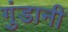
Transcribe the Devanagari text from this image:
गुंडानी